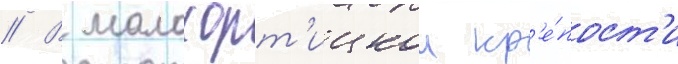
// В малохорт'ицкои кр'е́пост'и